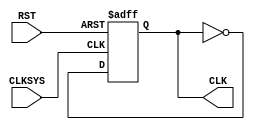
module CLK_DIV(
input  wire  CLKSYS,
input  wire  RST,
output reg   CLK );

always@(posedge CLKSYS or negedge RST)
begin
if(!RST)
	begin
		CLK = 0;
	end
else
	begin
		CLK = ~CLK;
	end
end



endmodule